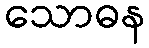
သောဓန